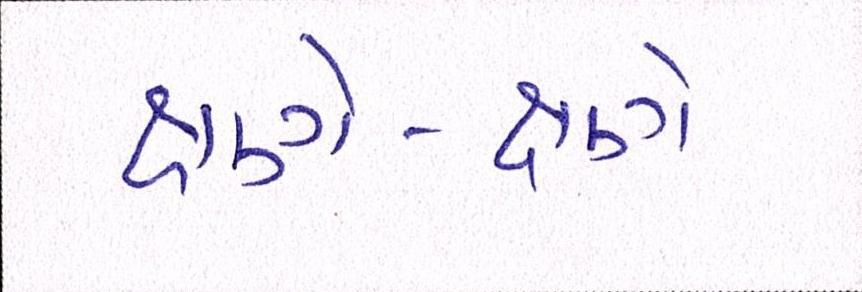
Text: ક્ષણે-ક્ષણે